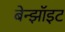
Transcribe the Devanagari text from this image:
बेन्झॉइट